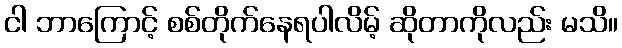
ငါ ဘာကြောင့် စစ်တိုက်နေရပါလိမ့် ဆိုတာကိုလည်း မသိ။